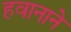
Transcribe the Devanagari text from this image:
हवानाने